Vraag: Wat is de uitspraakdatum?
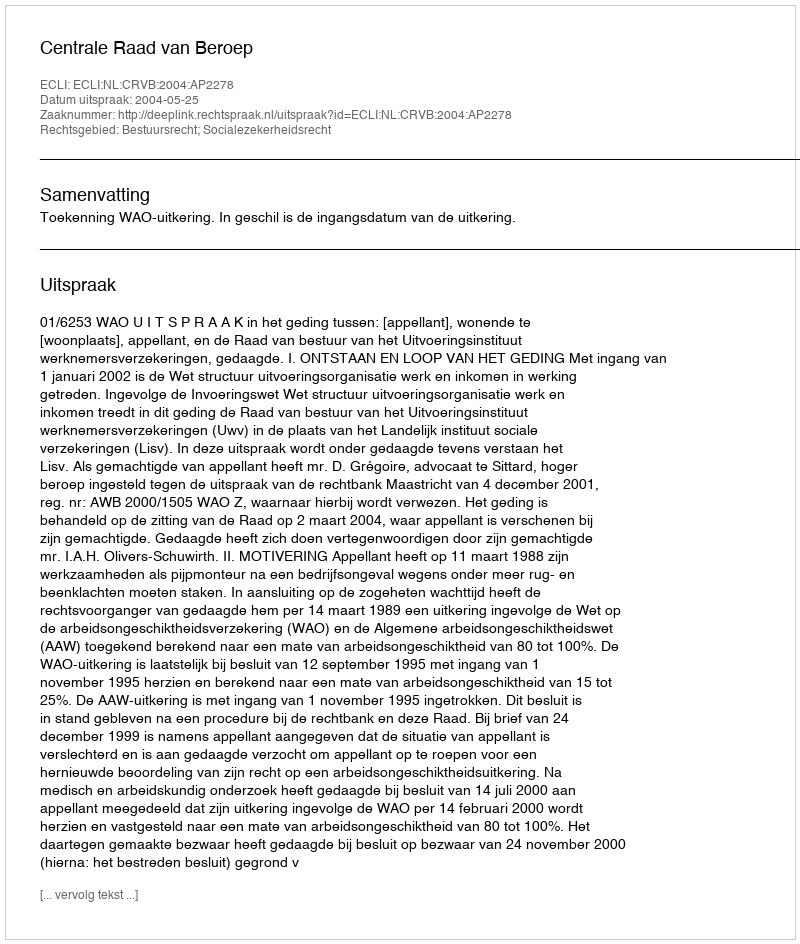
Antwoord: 2004-05-25